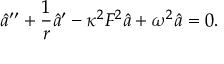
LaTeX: \hat { a } ^ { \prime \prime } + \frac { 1 } { r } \hat { a } ^ { \prime } - \kappa ^ { 2 } F ^ { 2 } \hat { a } + \omega ^ { 2 } \hat { a } = 0 .